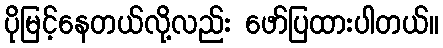
ပိုမြင့်နေတယ်လို့လည်း ဖော်ပြထားပါတယ်။